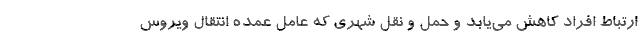
ارتباط افراد کاهش می‌یابد و حمل و نقل شهری که عامل عمده انتقال ویروس